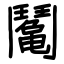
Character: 䰗